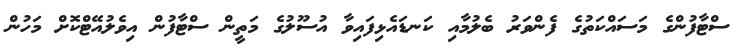
ސްޓާފުންގެ މަސައްކަތުގެ ފެންވަރު ބެލުމާއި ކަނޑައެޅިފައިވާ އުސޫލުގެ މަތީން ސްޓާފުން އިވެލުއޭޓްކޮށް މަހުން